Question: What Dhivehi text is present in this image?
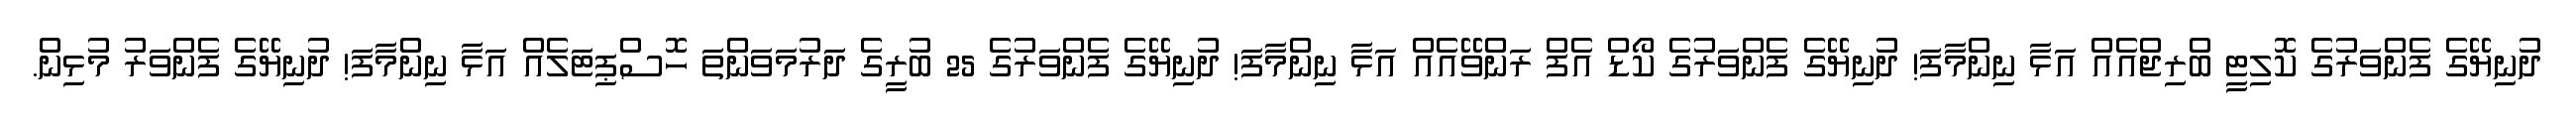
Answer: ދުނިޔޭގެ ފެންވަރުގެ ކޮލިޓީ ބްރިޖްއެއް އަޅާ ނިންމާފަ! ދުނިޔޭގެ ފެންވަރުގެ ކޯޑް އެފް ރަންވޭއެއް އަޅާ ނިންމާފަ! ދުނިޔޭގެ ފެންވަރުގެ 25 ބުރީގެ ދަރުމަވަންތަ ހޮސްޕިޓަލެއް އަޅާ ނިންމާފަ! ދުނިޔޭގެ ފެންވަރު މުޅިން.